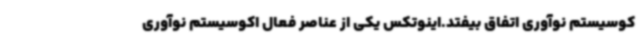
کوسیستم نوآوری اتفاق بیفتد.اینوتکس یکی از عناصر فعال اکوسیستم نوآوری